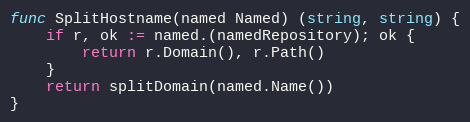
Language: Go
func SplitHostname(named Named) (string, string) {
	if r, ok := named.(namedRepository); ok {
		return r.Domain(), r.Path()
	}
	return splitDomain(named.Name())
}